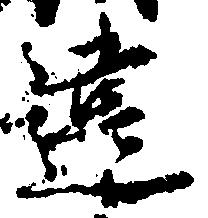
違